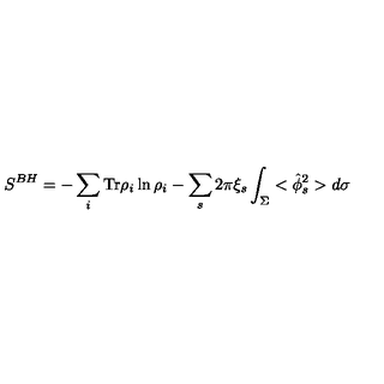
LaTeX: S ^ { B H } = - \sum _ { i } \mathrm { T r } \rho _ { i } \ln \rho _ { i } - \sum _ { s } 2 \pi \xi _ { s } \int _ { \Sigma } < \hat { \phi } _ { s } ^ { 2 } > d \sigma